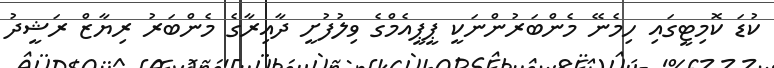
ކުޑަ ކޮމިޓީގައި ހިމެނޭ މެންބަރުންނަކީ ޕީޕީއެމްގެ ވިލުފުށީ ދާއިރާގެ މެންބަރު ރިޔާޒް ރަޝީދު